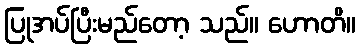
ပြုအပ်ပြီးမည်တော့ သည်။ ဟောတိ။